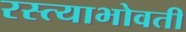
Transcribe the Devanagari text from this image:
रस्त्याभोवती